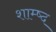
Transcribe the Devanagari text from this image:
शाम्ष्द